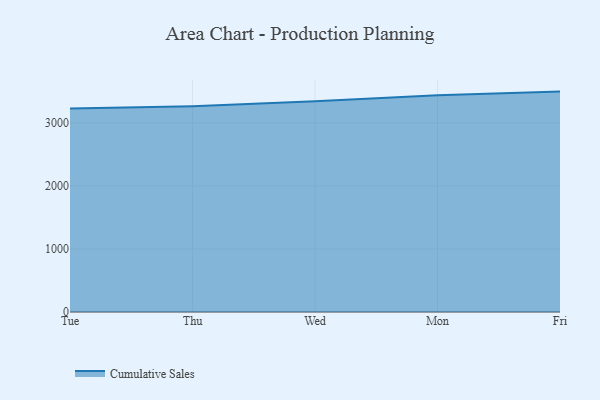
{"axis": {"x": "Day", "y": "Humidity (%)"}, "legend": ["Cumulative Sales"], "data": [{"x": "Tue", "y": 3228.9, "type": "Cumulative Sales"}, {"x": "Thu", "y": 3265.5, "type": "Cumulative Sales"}, {"x": "Wed", "y": 3343.8, "type": "Cumulative Sales"}, {"x": "Mon", "y": 3438.8, "type": "Cumulative Sales"}, {"x": "Fri", "y": 3498.6, "type": "Cumulative Sales"}]}